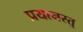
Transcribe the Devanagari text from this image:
प्रयत्नस्तु